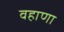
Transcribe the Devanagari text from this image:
वहाणा